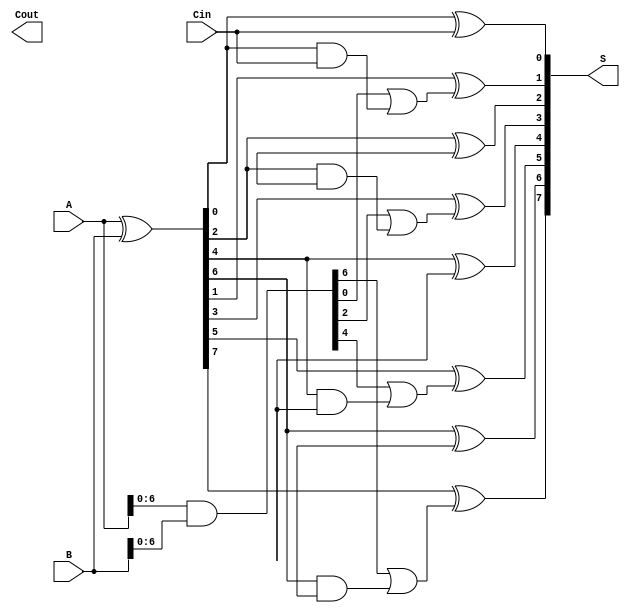
module CSPA #(
    parameter N = 8 // Define the width of the adder
)(
    input  [N-1:0] A,    // First operand
    input  [N-1:0] B,    // Second operand
    input          Cin,   // Carry-in
    output [N-1:0] S,     // Sum output
    output         Cout    // Carry-out
);

    wire [N-1:0] G; // Generate signals
    wire [N-1:0] P; // Propagate signals
    wire [N:0] C;   // Carry signals between segments

    // Generate and propagate signals
    assign G = A & B;          // G[i] = A[i] AND B[i]
    assign P = A ^ B;          // P[i] = A[i] XOR B[i]

    // Carry generation logic
    assign C[0] = Cin; // Initial carry-in

    genvar i;
    generate
        for (i = 0; i < N; i = i + 1) begin : carry_generation
            if (i % 2 == 0 && i < N-1) begin
                // Carry for segments (assuming 2-bit segments)
                assign C[i+1] = G[i] | (P[i] & C[i]);
            end
        end
    endgenerate

    // Sum calculation
    generate
        for (i = 0; i < N; i = i + 1) begin : sum_calculation
            assign S[i] = P[i] ^ C[i]; // S[i] = P[i] XOR selected carry
        end
    endgenerate

    // Final carry out
    assign Cout = C[N]; // Final carry-out from the last segment

endmodule